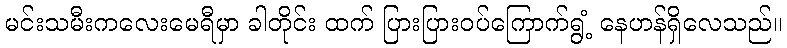
မင်းသမီးကလေးမေရီမှာ ခါတိုင်း ထက် ပြားပြားဝပ်ကြောက်ရွံ့ နေဟန်ရှိလေသည်။